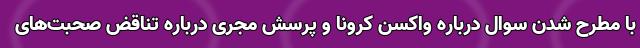
با مطرح شدن سوال درباره واکسن کرونا و پرسش مجری درباره تناقض صحبت‌های